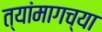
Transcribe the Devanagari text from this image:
त्यांमागच्या